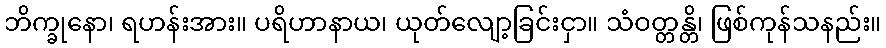
ဘိက္ခုနော၊ ရဟန်းအား။ ပရိဟာနာယ၊ ယုတ်လျော့ခြင်းငှာ။ သံဝတ္တန္တိ၊ ဖြစ်ကုန်သနည်း။